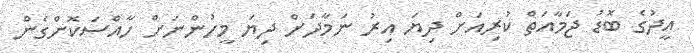
އީދުގެ ބޮޑު ޖަމާއަތް ކުރިއަށް ދިޔަ އިރު ނަމާދަށް ދިޔަ މީހުންނަށް ހާއްސަކޮށްގެން